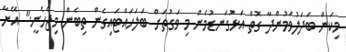
މިކަން ބަދަލުވަމުންދާ ގޮތް އަޅުގަނޑުމެން މި ވަގުތަށް ބަލަހައްޓައިގެން ތިބެން މިޖެހެނީ." އޭނާ